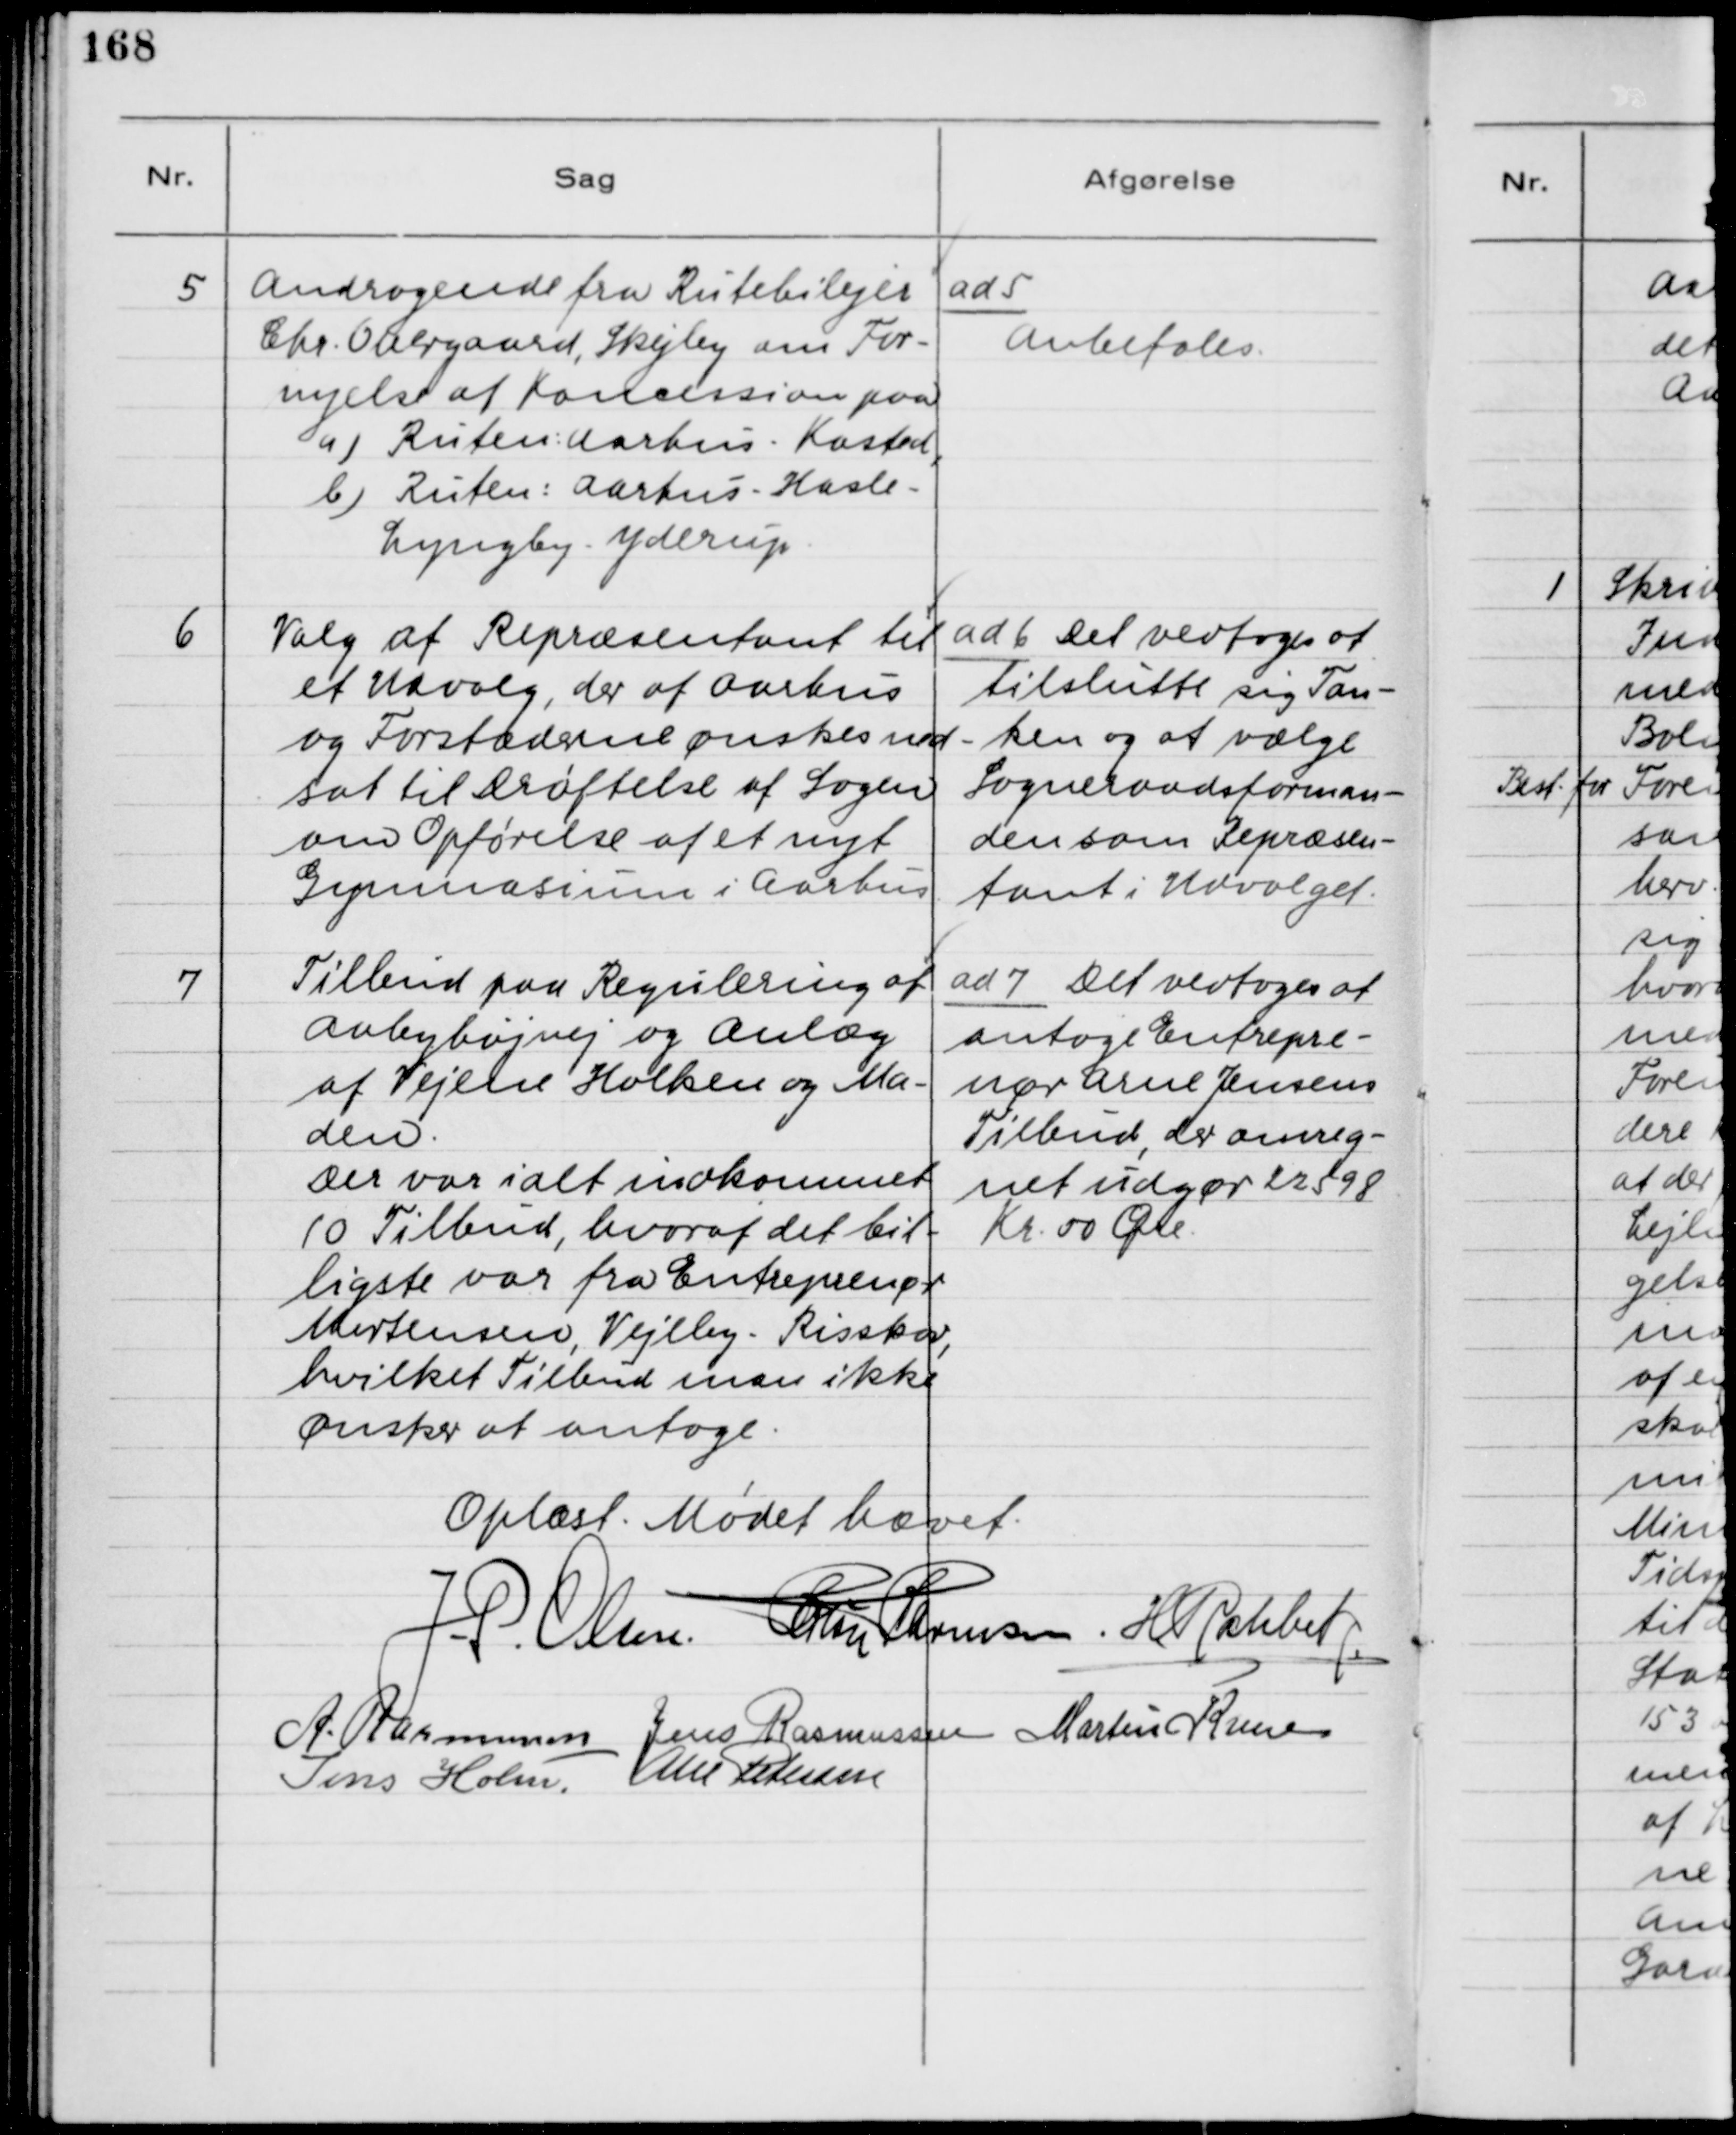
Transskription:
5

Andragende fra Rutebilejer
Chr. Overgaard, Skejby om For-
nyelse af Koncession paa
a) Ruten: Aarhus - Kasted,
b) Ruten: Aarhus - Hasle -
Lyngby - Yderup

ad 5.
Anbefales

6

Valg af Repræsentant til
et Udvalg, der af Aarhus
og Forstæderne ønskes ned-
sat til Drøftelse af Sagen
om Opførelse af et nyt
Gymnasium i Aarhus.

ad 6. Det vedtoges at
tilslutte sig Tan-
ken og at vælge
Sogneraadsforman-
den som Repræsen-
tant i Udvalget.

7

Tilbud paa Regulering af
Aabyhøjvej og Anlæg
af Vejene Holken og Ma-
den.
Der var ialt indkommet
10 Tilbud, hvoraf det bil-
ligste var fra Entreprenør
Mortensen, Vejlby - Risskov,
hvilket Tilbud man ikke
ønsker at antage.

ad 7. Det vedtoges at
antage Entrepre-
nør Arne Jensens
Tilbud, der omreg-
net udgør 22598
Kr. 50 Øre.

Oplæst. Mødet hævet.